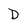
Character: D